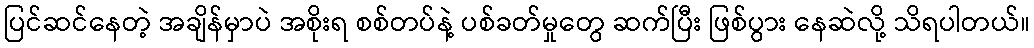
ပြင်ဆင်နေတဲ့ အချိန်မှာပဲ အစိုးရ စစ်တပ်နဲ့ ပစ်ခတ်မှုတွေ ဆက်ပြီး ဖြစ်ပွား နေဆဲလို့ သိရပါတယ်။